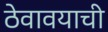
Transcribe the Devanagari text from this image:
ठेवावयाची